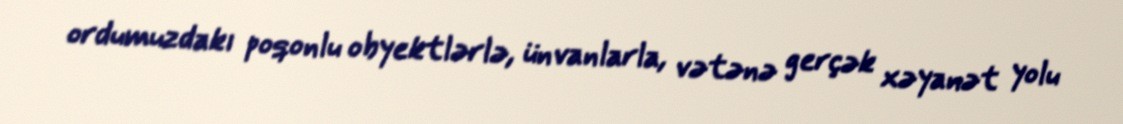
ordumuzdakı poqonlu obyektlərlə, ünvanlarla, vətənə gerçək xəyanət yolu